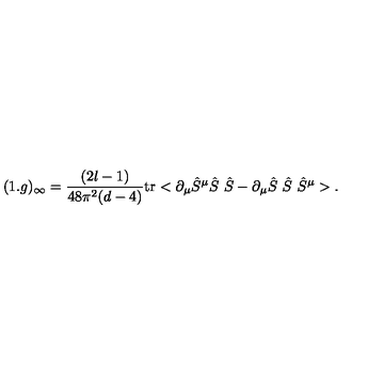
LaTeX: ( 1 . g ) _ { \infty } = \frac { ( 2 l - 1 ) } { 4 8 \pi ^ { 2 } ( d - 4 ) } \mathrm { t r } < \partial _ { \mu } \hat { S } ^ { \mu } \hat { S } \ \hat { S } - \partial _ { \mu } \hat { S } \ \hat { S } \ \hat { S } ^ { \mu } > .